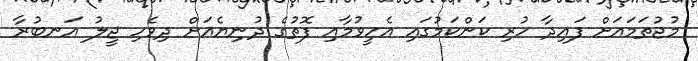
މުޖުތަމައަށް ފައިދާ ހުރި ކަންކަމުގައި އެހީވުމާއި ފޮތުގެ ދުނިޔެއަށް ދިވެހި ޖީލު އަނބުރާ